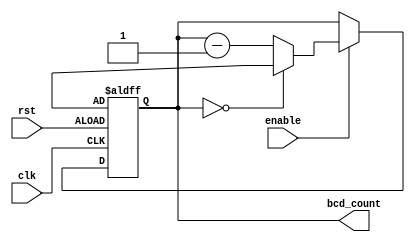
module BCD_Down_Counter (
    input wire clk,
    input wire rst,
    input wire enable,
    output reg [3:0] bcd_count
);

reg [3:0] initial_value;

always @ (posedge clk or posedge rst) begin
    if (rst) begin
        bcd_count <= initial_value;
    end else if (enable) begin
        if (bcd_count == 4'b0000) begin
            bcd_count <= initial_value;
        end else begin
            bcd_count <= bcd_count - 4'b0001;
        end
    end
end

endmodule